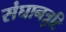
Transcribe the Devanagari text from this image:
संघानत्रुटि